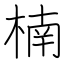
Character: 楠